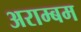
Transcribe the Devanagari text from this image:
अराम्बम